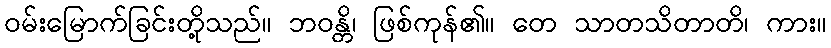
ဝမ်းမြောက်ခြင်းတို့သည်။ ဘဝန္တိ၊ ဖြစ်ကုန်၏။ တေ သာတသိတာတိ၊ ကား။